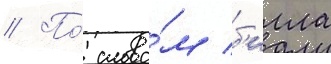
// По́ слова́м б'илла